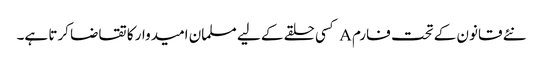
نئے قانون کے تحت فارم A کسی حلقے کے لیے مسلمان امیدوار کا تقاضا کرتا ہے۔